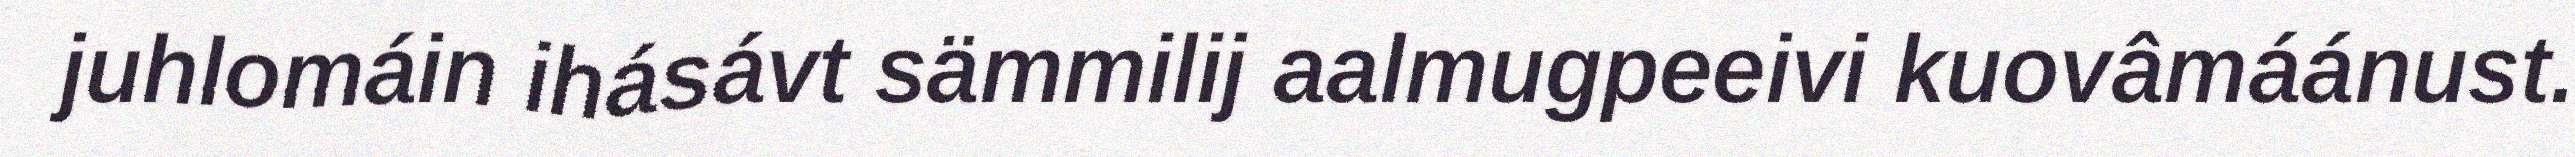
juhlomáin ihásávt sämmilij aalmugpeeivi kuovâmáánust.